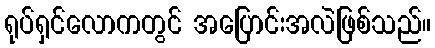
ရုပ်ရှင်လောကတွင် အပြောင်းအလဲဖြစ်သည်။